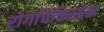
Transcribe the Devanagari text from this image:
रोगचिकित्सेस